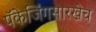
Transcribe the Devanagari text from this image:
पॅकेजिंगसारखेच